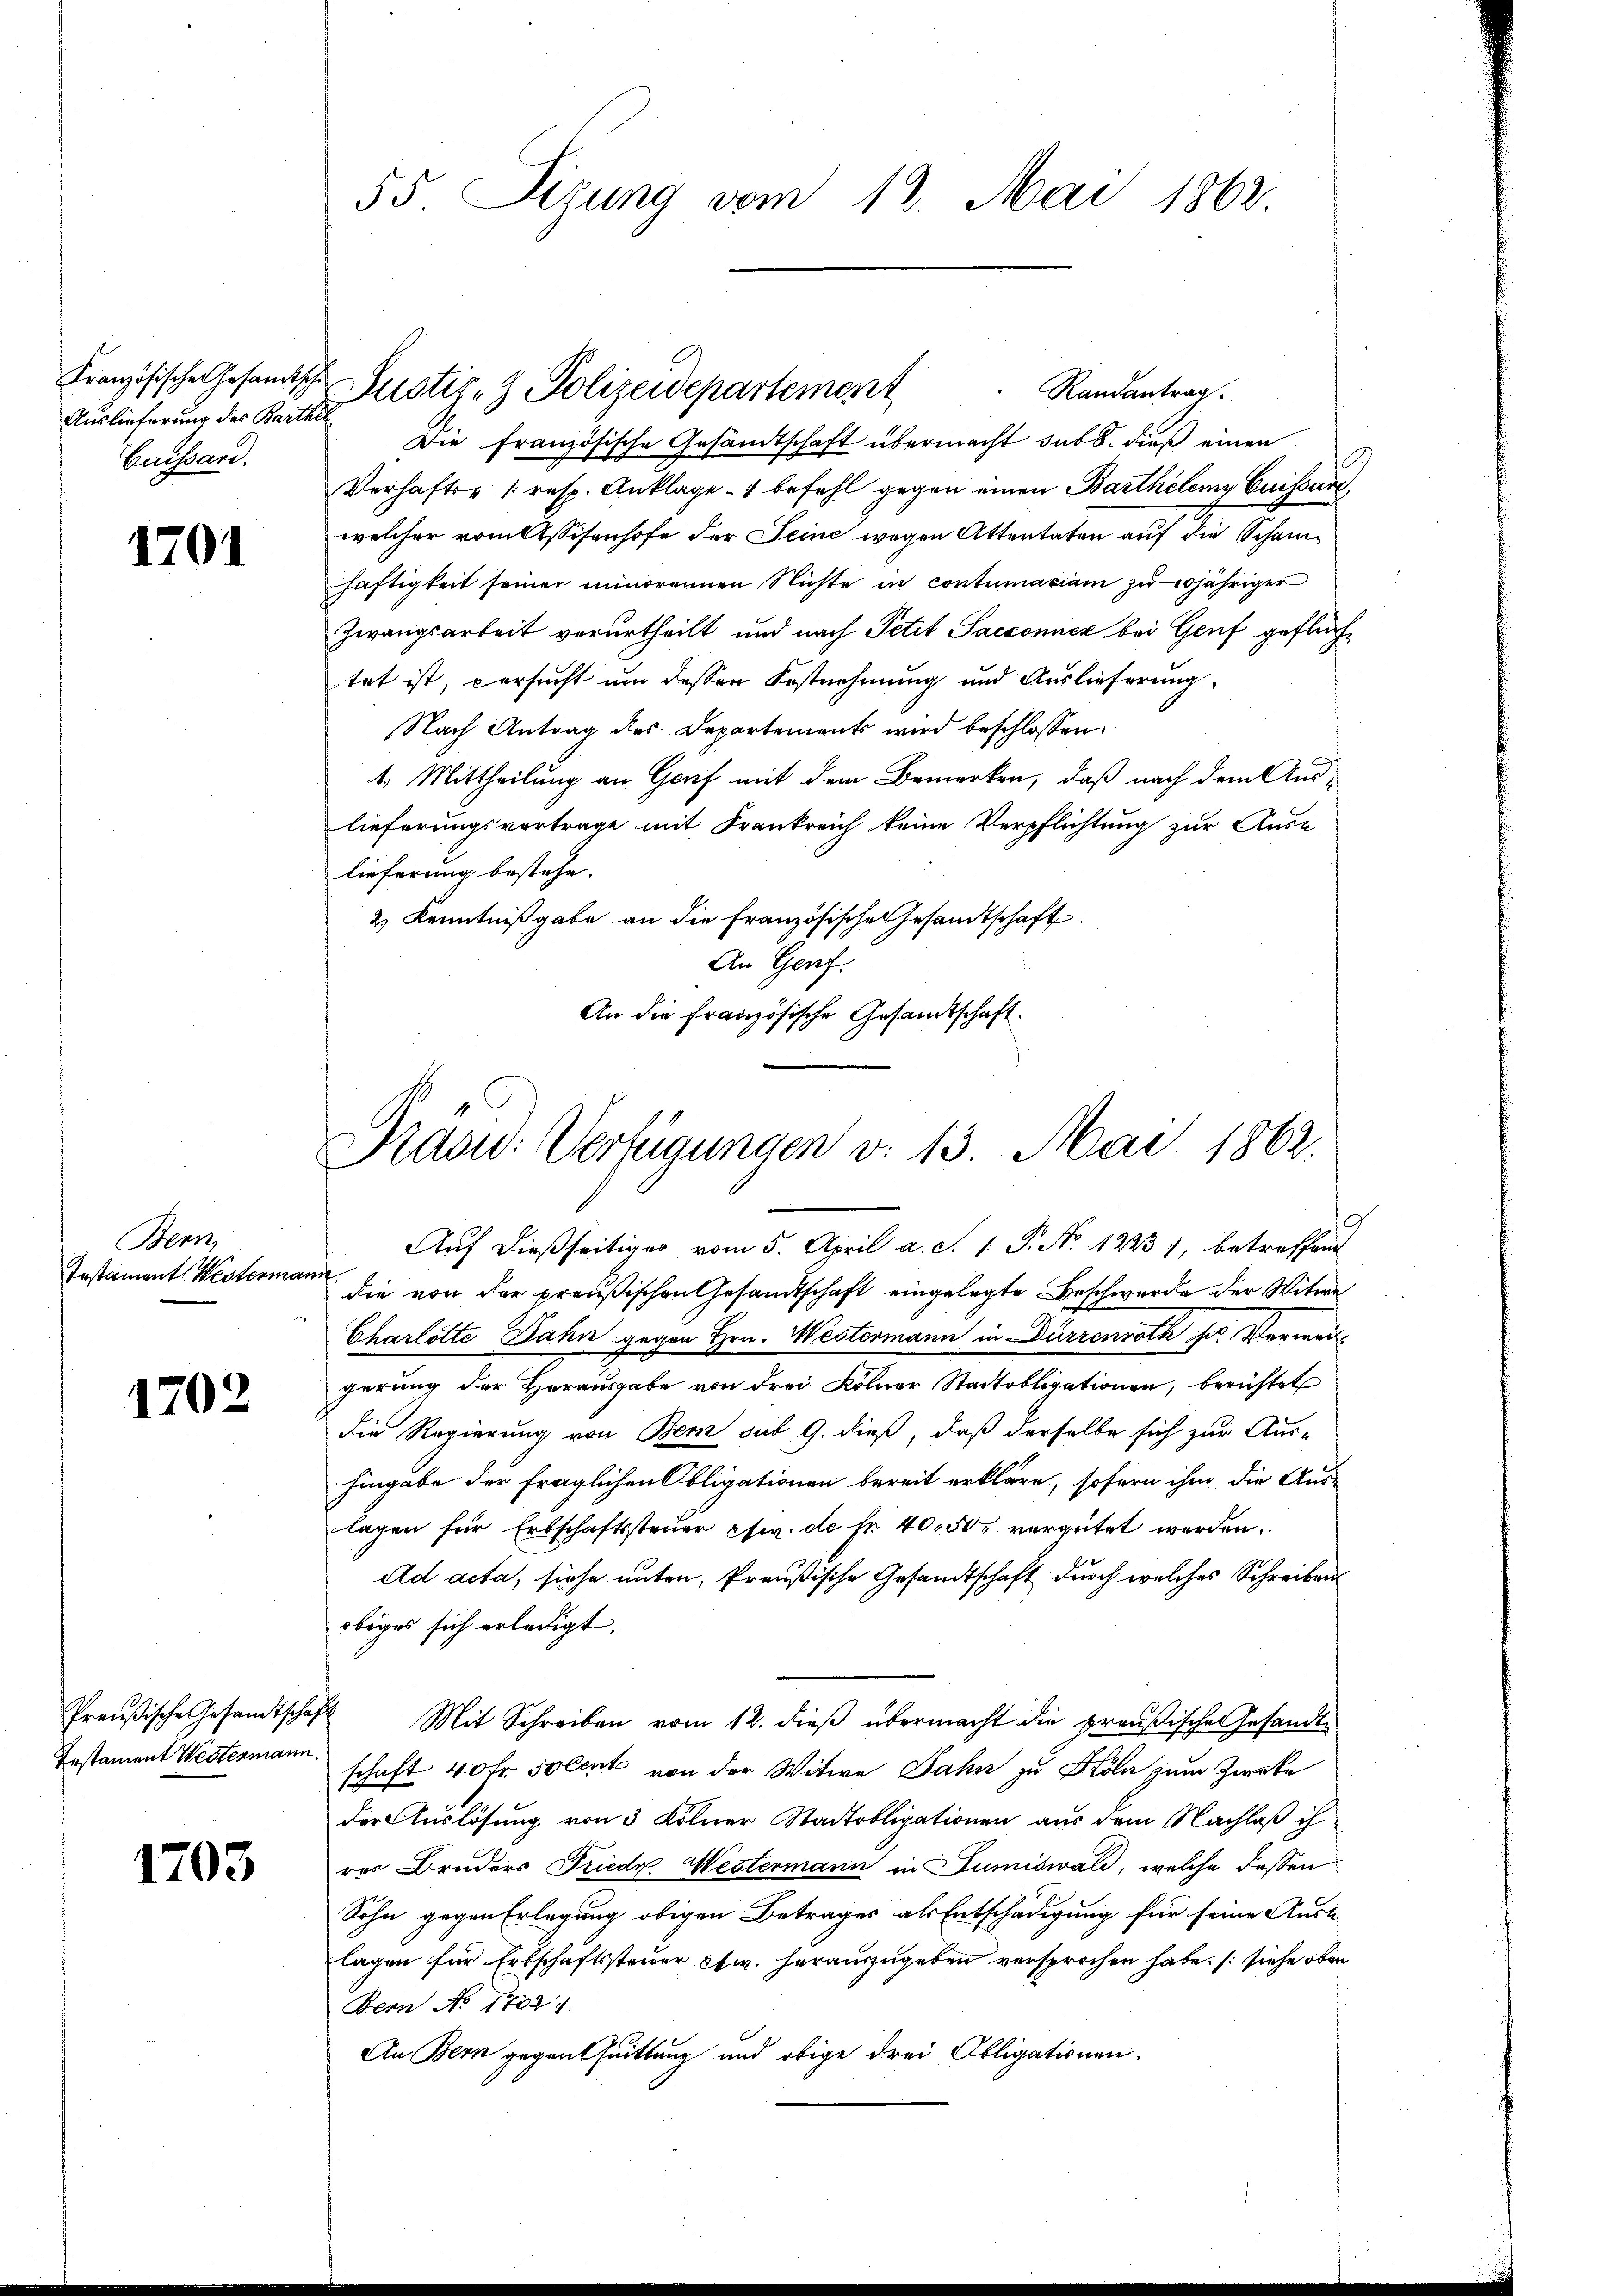
Auslieferung des Barthil
Buissard.

1701

Bern,
Testament Westermann.

1702

Die französische Gesandtschaft übermacht sub 8. dieß einen
Verhafter (resp. Anklage - 1 befehl gegen einen Barthelemy Cuissare,
welcher vom Assisenhofe der Seine wegen Attentaten auf die Schanhaftigkeit seiner minorennen Nichte in contumaciam zu 20jähriger
Zwangsarbeit verurtheilt und nach Petit Sacconnez bei Genf geflüchtet ist, versucht um dessen Festnehmung und Auslieferung
Nach Antrag des Departements wird beschlossen:
1. Mittheilung an Gerif mit dem Bemerken, daß nach dem Auslieferungsvortrage mit Frankreich keine Verpflichtung zur Ause
lieferung bestehe.
2 Kenntnißgabe an die Französische Gesandtschaft
An Genf.
An die französische Gesamtschaft.

Instament Westermann.

1703

55. Sizung vom 12. Mai 1862.

Französische Gesandtsche Justiz- & Polizeidepartement

Randantrag.

Prasw: Verfügungen v. 13. Mai 1862.

Auf dießseitiger vom 5. April a. c. 1. P. No. 12231, betreffend
die von der preußischen Gesandtschaft eingelegte Beschwerde der Witwe
Charlotte Jahn gegen Hrn. Westermann in Dürrenroth sr. Verweigerung der Herausgabe von drei Kölner Stadtobligationen, berichtet
die Regierung von Bern sub 9. dieß, daß derselbe sich zur Aus-
Eingabe der fraglichen Obligationen bereit erkläre, sofern ihm die Auslagen für Erbschaftssteuer etc. de fr. 40150 vergütet werden.
Ad acta, siehe unten, Preußische Gesandtschaft durch welches Schreiben
obiges sich erledigt.
Preußische Gesandtschaft Mit Schreiben vom 12. dieβ übermacht die preußische Gesandtschaft 40 Fr. Solent von der Witwe Jahr zu Köln zum Zweke
der Auslösung von 3 Kölner Stadtobligationen aus dem Nachlaß ih
rer Bruders Friedr. Westermann in Dumiswald, welche dessen
Sohn gegen Erlegung obigen Betrages als Entschädigung für seine Aust
lagen für Erbschaftssteuer etw. herauszugeben versprochen habe. (siehe ober
Bern No 1702.
An Bern gegenthuittung und obige drei Obligationen.